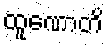
ထူဏောတိ